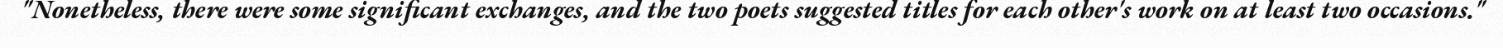
"Nonetheless, there were some significant exchanges, and the two poets suggested titles for each other's work on at least two occasions."